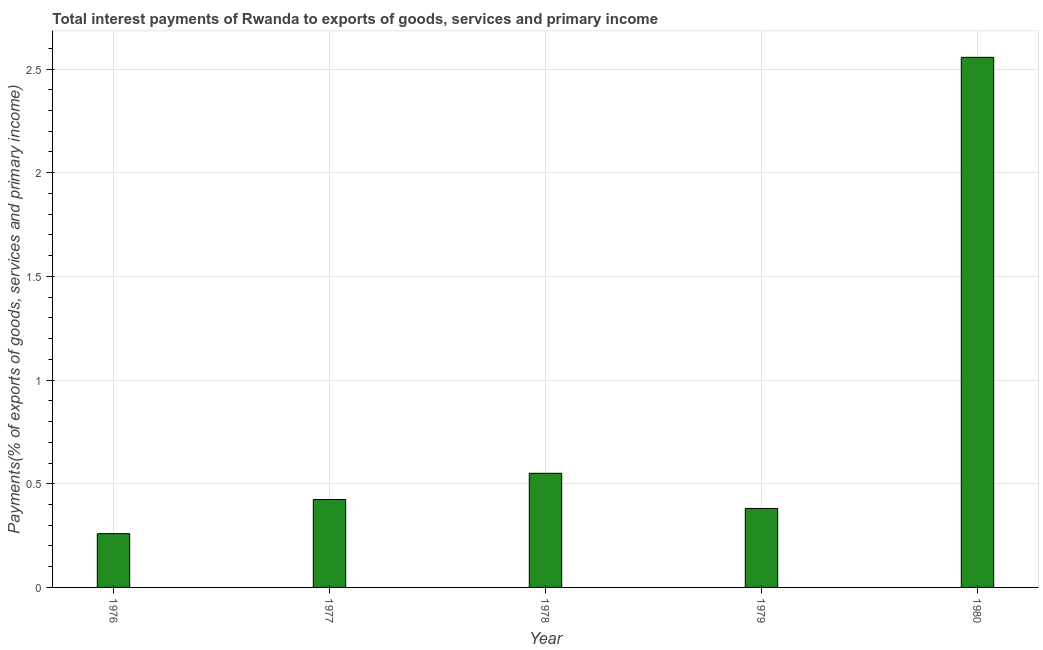
| Year | Interest payments on external debt |
 | --- | --- |
 | 1976 | 0.259 |
 | 1977 | 0.424 |
 | 1978 | 0.55 |
 | 1979 | 0.381 |
 | 1980 | 2.56 |